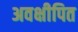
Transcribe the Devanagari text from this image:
अवक्षीपित